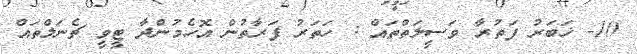
10- ޚަބަރު ފަތުރާ ވަސީލަތްތައް : ހަތަރު ފަރާތުން އޮހެމުންދާ ޓީވީ ޗެނަލްތައް